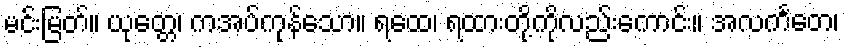
မင်းမြတ်။ ယုတ္တေ၊ ကအပ်ကုန်သော။ ရထေ၊ ရထားတို့ကိုလည်းကောင်း။ အလင်္ကတေ၊